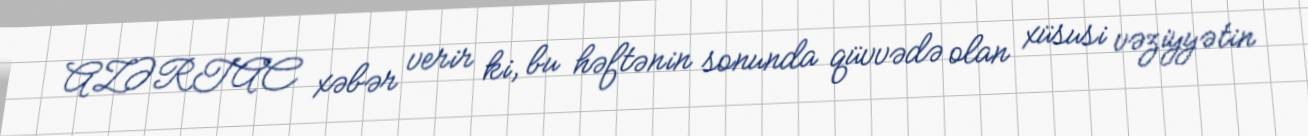
AZƏRTAC xəbər verir ki, bu həftənin sonunda qüvvədə olan xüsusi vəziyyətin